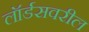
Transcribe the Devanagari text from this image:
लॉर्डसवरील